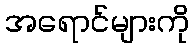
အရောင်များကို